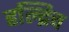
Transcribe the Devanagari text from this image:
हल्द्रिच